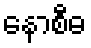
နောစီဓ